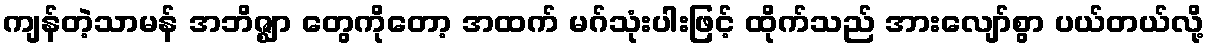
ကျန်တဲ့သာမန် အဘိဇ္ဈာ တွေကိုတော့ အထက် မဂ်သုံးပါးဖြင့် ထိုက်သည် အားလျော်စွာ ပယ်တယ်လို့